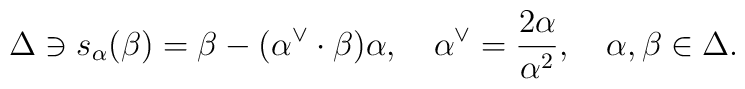
\Delta\ni s_{\alpha}(\beta)=\beta-(\alpha^{\vee}\cdot\beta)\alpha,    \quad \alpha^{\vee}={2\alpha\over{\alpha^2}},\quad \alpha, \beta\in\Delta.